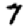
Digit: 7